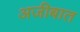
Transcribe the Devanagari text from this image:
अजीबात